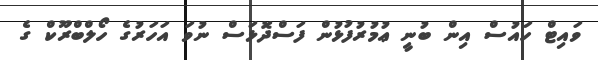
ވައިޓް ހައުސް އިން ބުނީ ޢުމުރުފުޅުން ފަސްދޮޅަސް ނުވަ އަހަރުގެ ހޯލްބްރޫކް ގެ